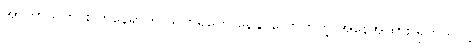
အာကာသတွင်း တနေရာက သက်ရှိတွေ နေနိုင်လောက်တဲ့ အနေအထား ရှိတယ်လို့